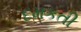
દમકતી